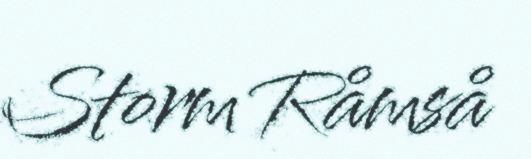
Storm Råmså